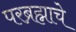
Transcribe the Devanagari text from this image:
परब्रह्माचे